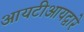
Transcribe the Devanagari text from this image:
आयटीआयद्वारे